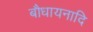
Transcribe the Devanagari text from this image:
बौधायनादि